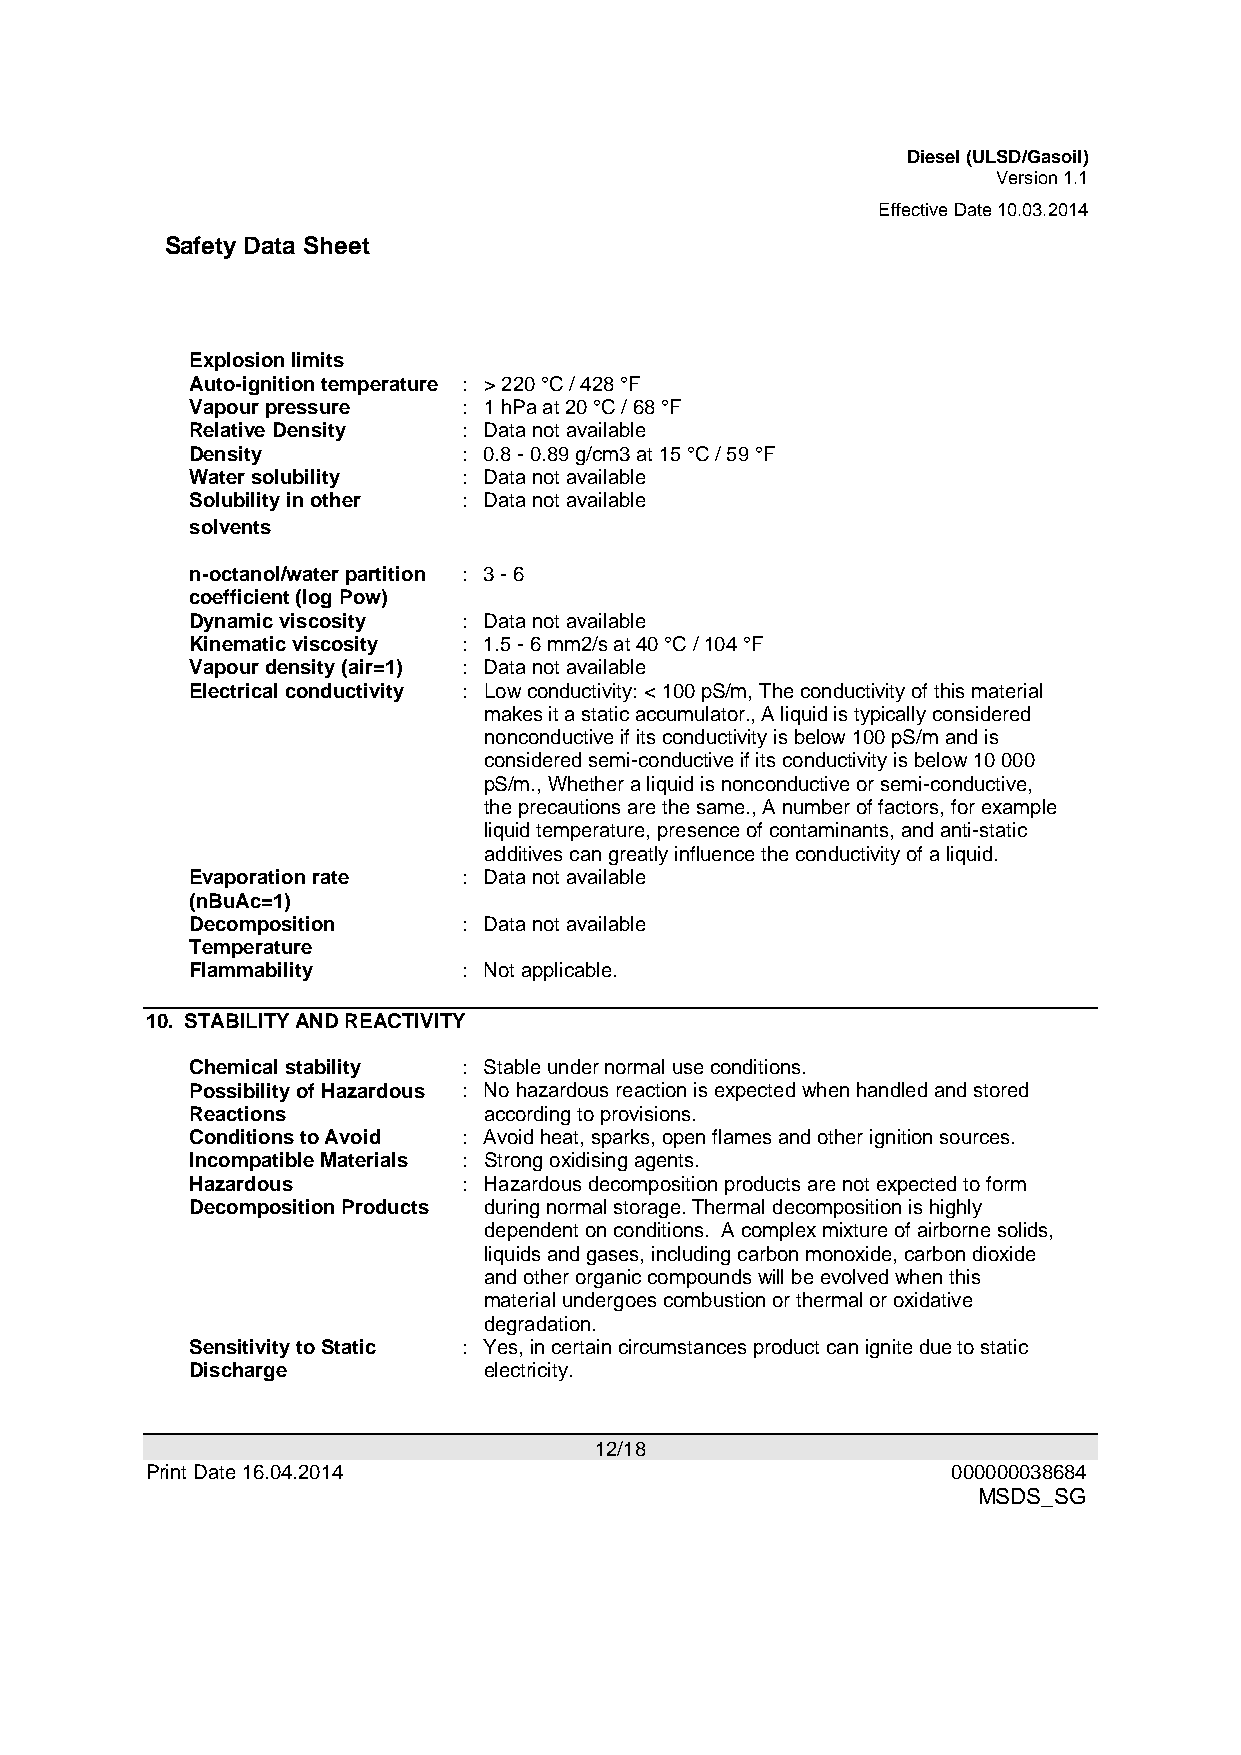
Diesel (ULSD/Gasoil)
 Version 1.1
 Effective Date 10.03.2014
 Safety Data Sheet
 Explosion limits
 Auto-ignition temperature : > 220 °C / 428 °F
 Vapour pressure   : 1 hPa at 20 °C / 68 °F
 Relative Density  : Data not available
 Density           : 0.8 - 0.89 g/cm3 at 15 °C / 59 °F
 Water solubility  : Data not available
 Solubility in other : Data not available
 solvents
 n-octanol/water partition : 3 - 6
 coefficient (log Pow)
 Dynamic viscosity : Data not available
 Kinematic viscosity : 1.5 - 6 mm2/s at 40 °C / 104 °F
 Vapour density (air=1) : Data not available
 Electrical conductivity : Low conductivity: < 100 pS/m, The conductivity of this material
 makes it a static accumulator., A liquid is typically considered
 nonconductive if its conductivity is below 100 pS/m and is
 considered semi-conductive if its conductivity is below 10 000
 pS/m., Whether a liquid is nonconductive or semi-conductive,
 the precautions are the same., A number of factors, for example
 liquid temperature, presence of contaminants, and anti-static
 additives can greatly influence the conductivity of a liquid.
 Evaporation rate  : Data not available
 (nBuAc=1)
 Decomposition     : Data not available
 Temperature
 Flammability      : Not applicable.
 10. STABILITY AND REACTIVITY
 Chemical stability : Stable under normal use conditions.
 Possibility of Hazardous : No hazardous reaction is expected when handled and stored
 Reactions          according to provisions.
 Conditions to Avoid : Avoid heat, sparks, open flames and other ignition sources.
 Incompatible Materials : Strong oxidising agents.
 Hazardous         : Hazardous decomposition products are not expected to form
 Decomposition Products during normal storage. Thermal decomposition is highly
 dependent on conditions. A complex mixture of airborne solids,
 liquids and gases, including carbon monoxide, carbon dioxide
 and other organic compounds will be evolved when this
 material undergoes combustion or thermal or oxidative
 degradation.
 Sensitivity to Static : Yes, in certain circumstances product can ignite due to static
 Discharge          electricity.
 12/18
 Print Date 16.04.2014                                000000038684
 MSDS_SG